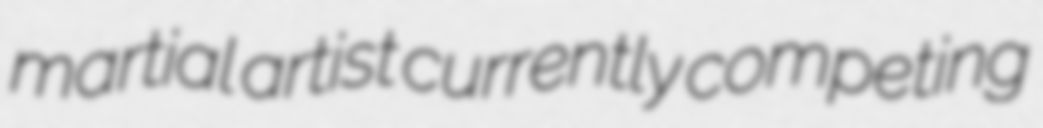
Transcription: martial artist currently competing